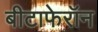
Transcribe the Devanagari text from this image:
बीटाफेरॉन